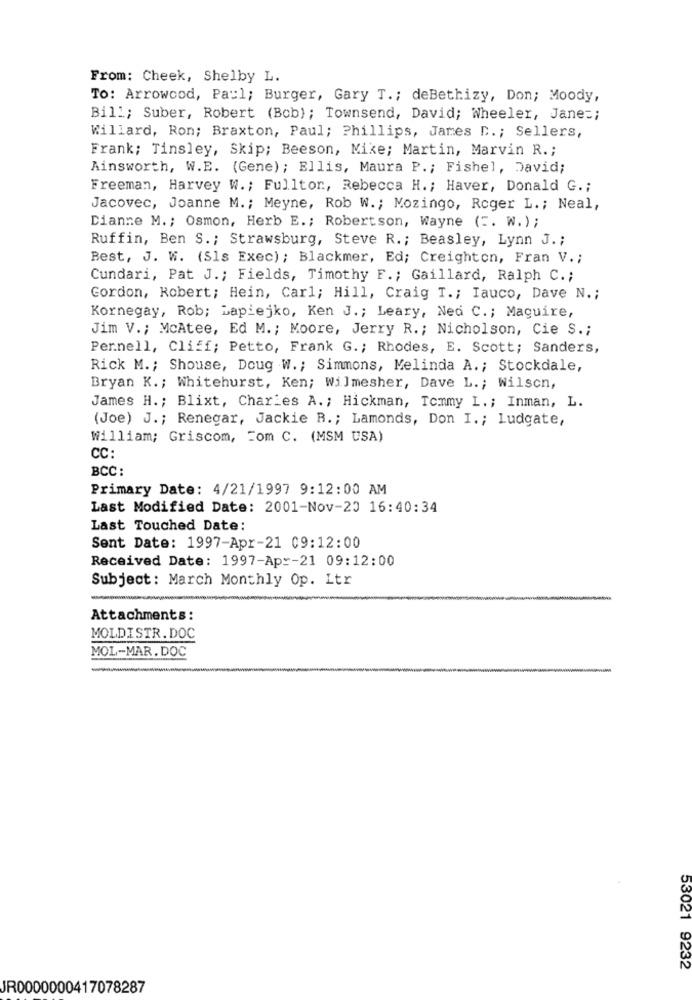
From: Cheek, Shelby L.
To: Arrowood, Paul; Burger, Gary T .; deBethizy, Don; Moody,
Bill; Suber, Robert (Bob) ; Townsend, David; Wheeler, Jane =;
Willard, Ron; Braxton, Paul; Phillips, James D. ; Sellers,
Frank; Tinsley, Skip; Beeson, Mike; Martin, Marvin R .;
Ainsworth, W.E. (Gene); Ellis, Maura P .; Fishel, David;
Freeman, Harvey W .; Fulltor, Rebecca H .; Haver, Donald G .;
Jacovec, Joanne M. ; Meyne, Rob W .; Mozingo, Roger L .; Neal,
Dianne M .; Osmon, Herb E .; Robertson, Wayne ( =. W.) ;
Ruffin, Ben S .; Strawsburg, Steve R .; Beasley, Lynn J .;
Best, J. W. (Sls Exec); Blackmer, Ed; Creighton, Fran V .;
Cundari, Pat J .; Fields, Timothy F .; Gaillard, Ralph C .;
Gordon, Robert; Hein, Carl; Hill, Craig I .; Iauco, Dave N .;
Kornegay, Rob; Lapiejko, Ken J .; Leary, Ned C .; Maguire,
Jim V .; McAtee, Ed M .; Moore, Jerry R. ; Nicholson, Cie S .;
Pernell, Cliff; Petto, Frank G .; Rhodes, E. Scott; Sanders,
Rick M .; Shouse, Doug W .; Simmons, Melinda A .; Stockdale,
Bryan K .; Whitehurst, Ken; Wilmesher, Dave L .; Wilson,
James H. ; Blixt, Charles A .; Hickman, Tommy L. ; Inman, L.
(Joe) J .; Renegar, Jackie B .; Lamonds, Don I .; ludgate,
William; Griscom, Com C. (MSM USA)
CC:
BCC :
Primary Date: 4/21/1997 9:12:00 AM
Last Modified Date: 2001-Nov-20 16:40:34
Last Touched Date:
Sent Date: 1997-Apr-21 09:12:00
Received Date: 1997-Apr-21 09:12:00
Subject: March Monthly Op. Ltr
Attachments:
MOLDISTR.DOC
MOL-MAR.DOC
53021 9232
JR0000000417078287